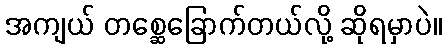
အကျယ် တစ္ဆေခြောက်တယ်လို့ ဆိုရမှာပဲ။